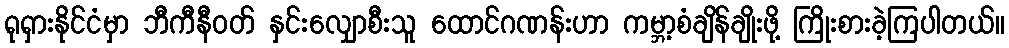
ရုရှားနိုင်ငံမှာ ဘီကီနီဝတ် နှင်းလျှောစီးသူ ထောင်ဂဏန်းဟာ ကမ္ဘာ့စံချိန်ချိုးဖို့ ကြိုးစားခဲ့ကြပါတယ်။